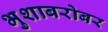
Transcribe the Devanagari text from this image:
भुशाबरोबर